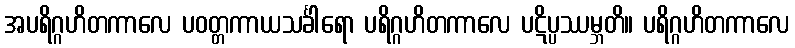
အပရိဂ္ဂဟိတကာလေ ပဝတ္တကာယသင်္ခါရော ပရိဂ္ဂဟိတကာလေ ပဋိပ္ပဿမ္ဘတိ။ ပရိဂ္ဂဟိတကာလေ